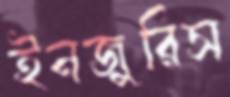
ইনজুরিস